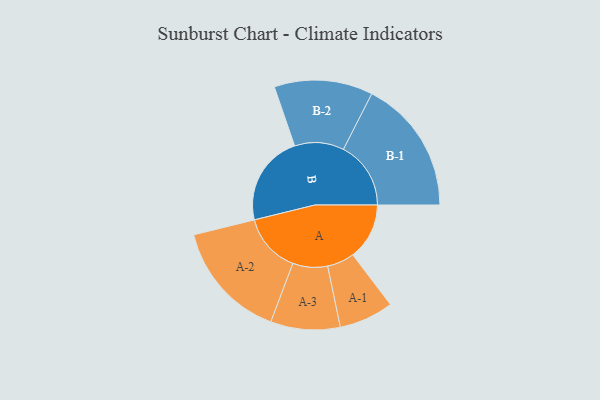
{"axis": {"x": "Segment", "y": "Value"}, "legend": ["", "A", "B"], "data": [{"x": "A", "y": 218, "type": ""}, {"x": "B", "y": 350, "type": ""}, {"x": "A-1", "y": 105, "type": "A"}, {"x": "A-2", "y": 229, "type": "A"}, {"x": "A-3", "y": 134, "type": "A"}, {"x": "B-1", "y": 260, "type": "B"}, {"x": "B-2", "y": 190, "type": "B"}]}